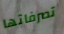
تصرفاتها